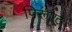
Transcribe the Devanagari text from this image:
पिरूएट